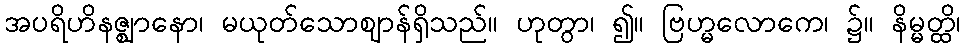
အပရိဟိနဇ္ဈာနော၊ မယုတ်သောဈာန်ရှိသည်။ ဟုတွာ၊ ၍။ ဗြဟ္မလောကေ၊ ၌။ နိမ္မတ္ထိ၊